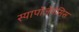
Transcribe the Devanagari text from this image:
स्यापोजेनेसिस